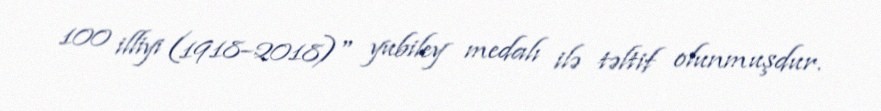
100 illiyi (1918–2018)" yubiley medalı ilə təltif olunmuşdur.